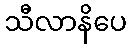
သီလာနိပေ